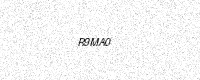
Text: R9MA0